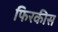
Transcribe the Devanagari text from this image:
फिरकीस